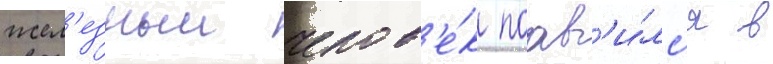
жел'езныи челов'е́к поав'и́лс'я в